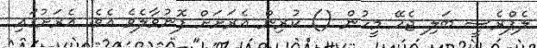
ލެޕްރެސީ ބަލި ޖެހޭ މީހުން () ކުރިން އެރަށަށް ފޮނުވާލެވެ އެވެ. އެރަށުގައި